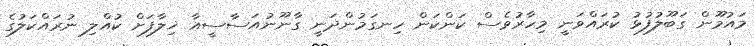
މައުމޫން ގަބޫލުފުޅު ކުރައްވަނީ މިހާރުވެސް ކަންކަން ހިނގަމުންދަނީ ގާނޫނުއަސާސީއާ ޚިލާފަށް ކުއްލި ނުރައްކަލުގެ